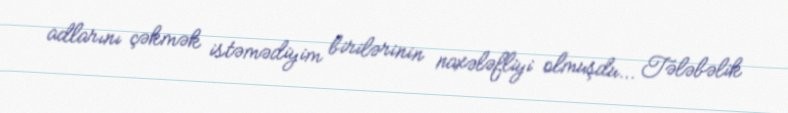
adlarını çəkmək istəmədiyim birilərinin naxələfliyi olmuşdu... Tələbəlik